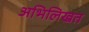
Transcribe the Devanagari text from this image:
अभिलिखत